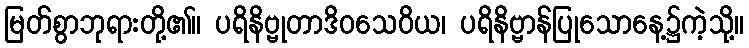
မြတ်စွာဘုရားတို့၏။ ပရိနိဗ္ဗုတာဒိဝသေဝိယ၊ ပရိနိဗ္ဗာန်ပြုသောနေ့၌ကဲ့သို့။